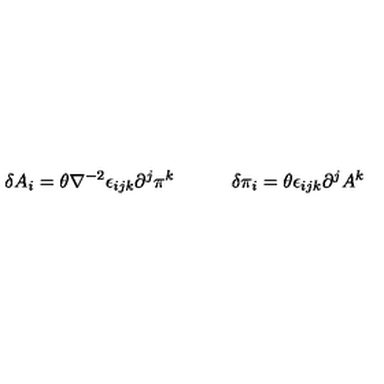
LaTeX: \delta A _ { i } = \theta \nabla ^ { - 2 } \epsilon _ { i j k } \partial ^ { j } \pi ^ { k } \quad \qquad \delta \pi _ { i } = \theta \epsilon _ { i j k } \partial ^ { j } A ^ { k }